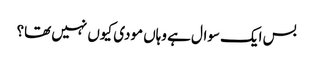
بس ایک سوال ہے وہاں مودی کیوں نہیں تھا؟